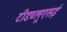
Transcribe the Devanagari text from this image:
टीडब्लूएसई